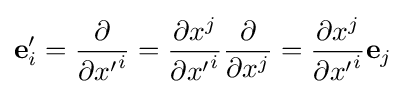
\mathbf {e} '_{i}={\frac {\partial }{\partial {x'}^{i}}}={\frac {\partial x^{j}}{\partial {x'}^{i}}}{\frac {\partial }{\partial x^{j}}}={\frac {\partial x^{j}}{\partial {x'}^{i}}}\mathbf {e} _{j}